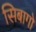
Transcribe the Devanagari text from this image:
सिबागो